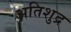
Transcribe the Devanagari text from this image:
अतिशुद्र